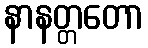
နာနတ္တတော